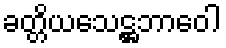
ခတ္တိယသေဋ္ဌဘာဝေါ